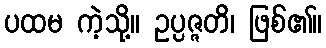
ပထမ ကဲ့သို့။ ဥပ္ပဇ္ဇတိ၊ ဖြစ်၏။